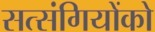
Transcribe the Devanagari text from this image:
सत्‍संगियोंको